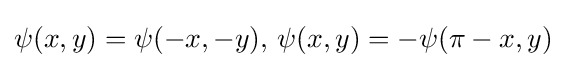
\psi (x,y)=\psi (-x,-y),\,\psi (x,y)=-\psi (\pi -x,y)